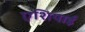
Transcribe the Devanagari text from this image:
एशियाई